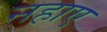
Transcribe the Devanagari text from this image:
नहाए